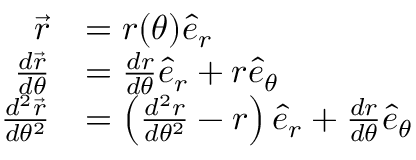
{ \begin{array} { r l } { { \vec { r } } } & { = r ( \theta ) { \hat { e } } _ { r } } \\ { { \frac { d { \vec { r } } } { d \theta } } } & { = { \frac { d r } { d \theta } } { \hat { e } } _ { r } + r { \hat { e } } _ { \theta } } \\ { { \frac { d ^ { 2 } { \vec { r } } } { d \theta ^ { 2 } } } } & { = \left( { \frac { d ^ { 2 } r } { d \theta ^ { 2 } } } - r \right) { \hat { e } } _ { r } + { \frac { d r } { d \theta } } { \hat { e } } _ { \theta } } \end{array} }